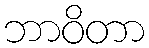
ဘာဝိတာ